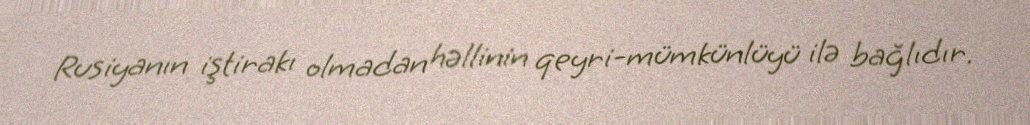
Rusiyanın iştirakı olmadan həllinin qeyri-mümkünlüyü ilə bağlıdır.